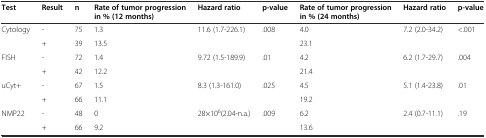
<table><thead><tr><td><b>Test</b></td><td><b>Result</b></td><td><b>n</b></td><td><b>Rate of tumor progression in % (12 months)</b></td><td><b>Hazard ratio</b></td><td><b>p-value</b></td><td><b>Rate of tumor progression in % (24 months)</b></td><td><b>Hazard ratio</b></td><td><b>p-value</b></td></tr></thead><tbody><tr><td rowspan="2">Cytology</td><td>-</td><td>75</td><td>1.3</td><td rowspan="2">11.6 (1.7-226.1)</td><td rowspan="2">.008</td><td>4.0</td><td rowspan="2">7.2 (2.0-34.2)</td><td rowspan="2">&lt;.001</td></tr><tr><td>+</td><td>39</td><td>13.5</td><td>23.1</td></tr><tr><td rowspan="2">FISH</td><td>-</td><td>72</td><td>1.4</td><td rowspan="2">9.72 (1.5-189.9)</td><td rowspan="2">.01</td><td>4.2</td><td rowspan="2">6.2 (1.7-29.7)</td><td rowspan="2">.004</td></tr><tr><td>+</td><td>42</td><td>12.2</td><td>21.4</td></tr><tr><td rowspan="2">uCyt+</td><td>-</td><td>67</td><td>1.5</td><td rowspan="2">8.3 (1.3-161.0)</td><td rowspan="2">.025</td><td>4.5</td><td rowspan="2">5.1 (1.4-23.8)</td><td rowspan="2">.01</td></tr><tr><td>+</td><td>66</td><td>11.1</td><td>19.2</td></tr><tr><td rowspan="2">NMP22</td><td>-</td><td>48</td><td>0</td><td rowspan="2">28×10<sup>6</sup>(2.04-n.a.)</td><td rowspan="2">.009</td><td>6.2</td><td rowspan="2">2.4 (0.7-11.1)</td><td rowspan="2">.19</td></tr><tr><td>+</td><td>66</td><td>9.2</td><td>13.6</td></tr></tbody></table>